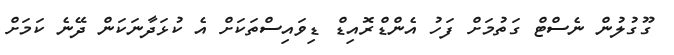
ގޫގުލުން ނެސްޓް ގަތުމަށް ފަހު އެންޑްރޮއިޑް ޑިވައިސްތަކަށް އެ ކުޅަދާނަކަން ދޭނެ ކަމަށް